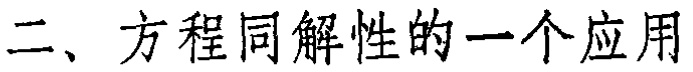
二、方程同解性的一个应用